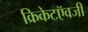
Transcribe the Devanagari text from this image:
क्रिकेटऍवजी